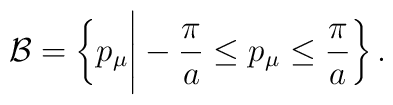
{\cal B} = \biggl\{ p_\mu \Bigg|   -{\displaystyle \frac{\pi}{a}} \le p_\mu \le    {\displaystyle \frac{\pi}{a}} \biggr\}\,.